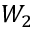
W _ { 2 }